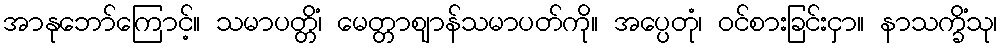
အာနုဘော်ကြောင့်။ သမာပတ္တိံ၊ မေတ္တာဈာန်သမာပတ်ကို။ အပ္ပေတုံ၊ ဝင်စားခြင်းငှာ။ နာသက္ခိံသု၊